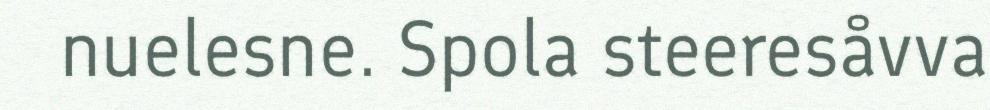
nuelesne. Spola steeresåvva